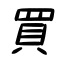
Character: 買